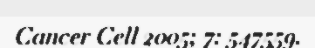
Cancer Cell 2005; 7: 547559.